Notes on vaccination in the North-West Frontier Province 1923-1928 - 1923-1928
Year: 1923
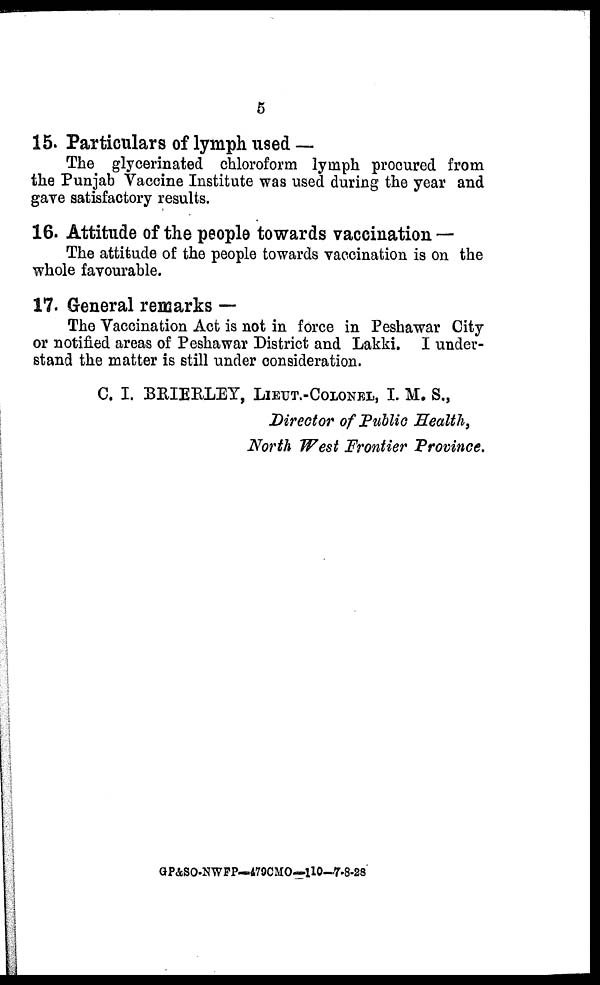
5
15. Particulars of lymph used —
The glycerinated chloroform lymph procured from
the Punjab Vaccine Institute was used during the year and
gave satisfactory results.
16. Attitude of the people towards vaccination —
The attitude of the people towards vaccination is on the
whole favourable.
17. General remarks —
The Vaccination Act is not in force in Peshawar City
or notified areas of Peshawar District and Lakki. I under-
stand the matter is still under consideration.
C. I. BRIERLEY, LIEUT.-COLONEL, I. M. S.,
Director of Public Health,
North West Frontier Province.
GP&SO-NWFP—479CMO—110—7-8-28